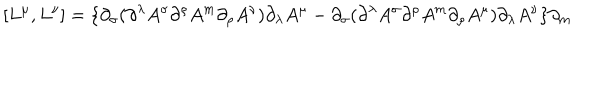
LaTeX: [ L ^ { \mu } , L ^ { \nu } ] = \{ \partial _ { \sigma } ( \partial ^ { \lambda } A ^ { \sigma } \partial ^ { \rho } A ^ { m } \partial _ { \rho } A ^ { \nu } ) \partial _ { \lambda } A ^ { \mu } - \partial _ { \sigma } ( \partial ^ { \lambda } A ^ { \sigma } \partial ^ { \rho } A ^ { m } \partial _ { \rho } A ^ { \mu } ) \partial _ { \lambda } A ^ { \nu } \} \partial _ { m }